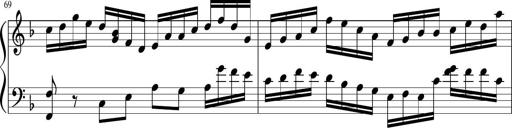
Title: Sonatina in F major
Composer: Ethan Ngo
Key: F major